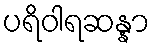
ပရိဝါရဆန္နာ